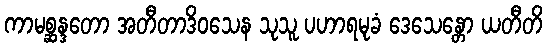
ကာမစ္ဆန္ဒတော အတီတာဒိဝသေန သုသူ ပဟာရမုခံ ဒေသေန္တော ယတီတိ